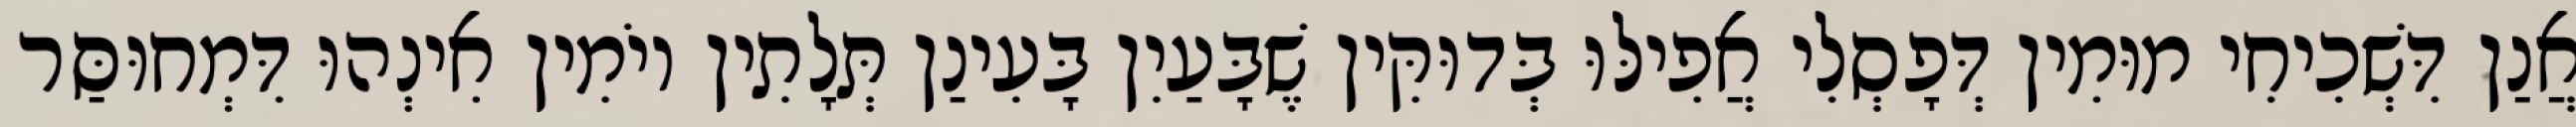
אֲנַן דִּשְׁכִיחִי מוּמִין דְּפָסְלִי אֲפִילּוּ בְּדוּקִּין שֶׁבָּעַיִן בָּעִינַן תְּלָתִין יוֹמִין אִינְהוּ דִּמְחוּסַּר